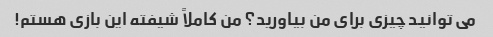
می توانید چیزی برای من بیاورید؟ من کاملاً شیفته این بازی هستم!